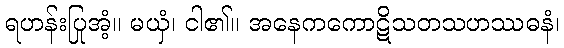
ရဟန်းပြုအံ့။ မယှံ၊ ငါ၏။ အနေကကောဋိသတသဟဿဓနံ၊